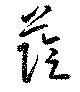
蔭